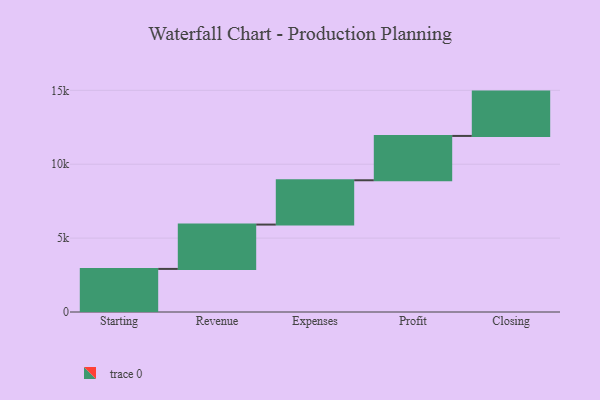
{"axis": {"x": "Step", "y": "Value"}, "legend": [""], "data": [{"x": "Starting", "y": 2916.0, "type": ""}, {"x": "Revenue", "y": 3000, "type": ""}, {"x": "Expenses", "y": 3000, "type": ""}, {"x": "Profit", "y": 3000, "type": ""}, {"x": "Closing", "y": 3000, "type": ""}]}